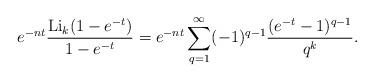
LaTeX: \begin{align*} e^{-nt}\frac{{\rm Li}_{k}(1-e^{-t})}{1-e^{-t}}& = e^{-nt}\sum_{q=1}^{\infty}(-1)^{q-1}\frac{(e^{-t}-1)^{q-1}}{q^{k}}.\end{align*}